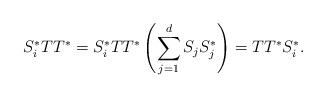
LaTeX: \begin{align*}S_i^* T T^* = S_i^* T T^* \left( \sum_{j=1}^d S_j S_j^* \right) = T T^* S_i^*.\end{align*}